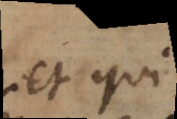
et qui